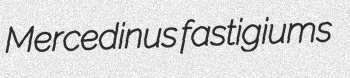
Mercedinus fastigiums